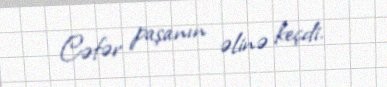
Cəfər paşanın əlinə keçdi.